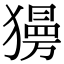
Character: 𤢞